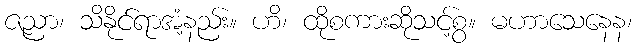
ဇညာ၊ သိနိုင်ရာအံ့နည်း။ ဟိ၊ ထိုစကားဆိုသင့်စွ။ မဟာသေနေန၊